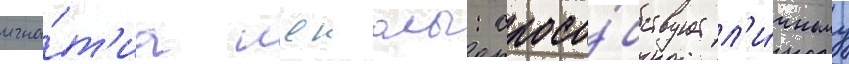
игна́т'иа лоиолы: спосо́бствует л'и́чному